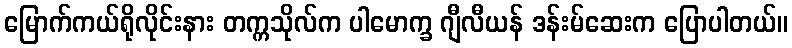
မြောက်ကယ်ရိုလိုင်းနား တက္ကသိုလ်က ပါမောက္ခ ဂျီလီယန် ဒန်းမ်ဆေးက ပြောပါတယ်။